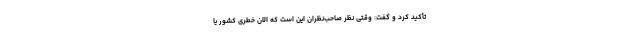
تأکید کرد و گفت: وقتی نظر صاحب‌نظران این است که الان خطری کشور یا